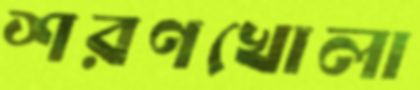
শরণখোলা